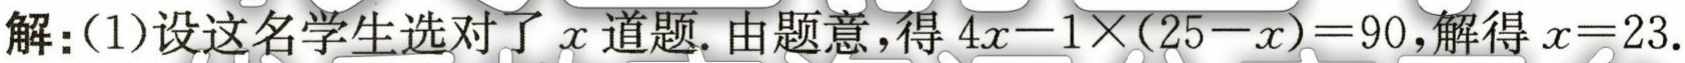
解：(1)设这名学生选对了\(x\)道题. 由题意，得\(4x - 1\times(25 - x)=90\)，解得\(x = 23\).